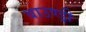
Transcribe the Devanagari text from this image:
बाउण्ड्री